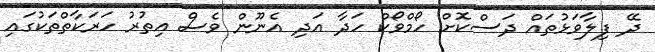
ދޭ ފިލާވަޅުތައް ދަސްކޮށް ހޯމްވޯކް ހަދާ އަދި އެނޫން ވެސް އިތުރު ހަރަކާތްތަކުގައި